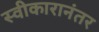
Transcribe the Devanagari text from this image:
स्वीकारानंतर